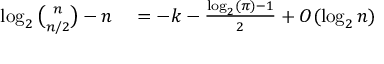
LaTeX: \begin{array} { r l } { \log _ { 2 } { \binom { n } { n / 2 } } - n } & { { } = - k - { \frac { \log _ { 2 } ( \pi ) - 1 } { 2 } } + O ( \log _ { 2 } n ) } \end{array}